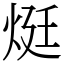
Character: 烶